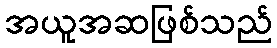
အယူအဆဖြစ်သည်